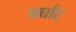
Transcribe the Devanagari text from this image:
पर्घाट